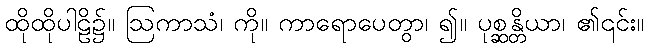
ထိုထိုပါဠိ၌။ ဩကာသံ၊ ကို။ ကာရောပေတွာ၊ ၍။ ပုစ္ဆန္တိယာ၊ ၏၎င်း။